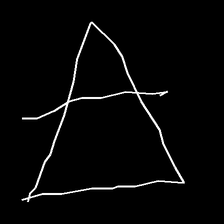
Glyph: empower